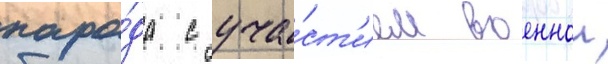
пара́да с уча́ст'ием военнои